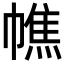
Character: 𢄺